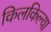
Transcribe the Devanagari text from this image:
किलकिल्या